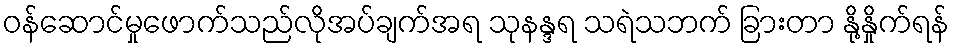
ဝန်ဆောင်မှုဖောက်သည်လိုအပ်ချက်အရ သုနန္ဒရ သရဲသဘက် ခြားတာ နို့နှိုက်ရန်